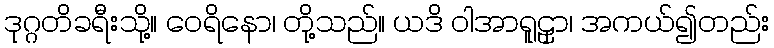
ဒုဂ္ဂတိခရီးသို့။ ဝေရိနော၊ တို့သည်။ ယဒိ ဝါအာရူဠှာ၊ အကယ်၍တည်း